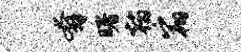
奔曙翰宿